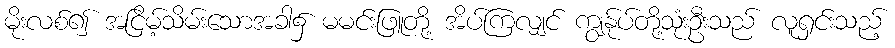
မိုးလစ်၍ အငြိမ့်သိမ်းသောအခါ၌ မမင်းဖြူတို့ အိပ်ကြလျှင် ကျွန်ုပ်တို့သုံးဦးသည် လူရှင်းသည့်